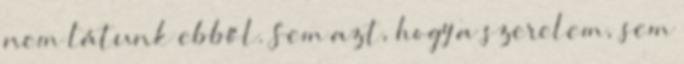
nem látunk ebből. Sem azt, hogy a szerelem, sem